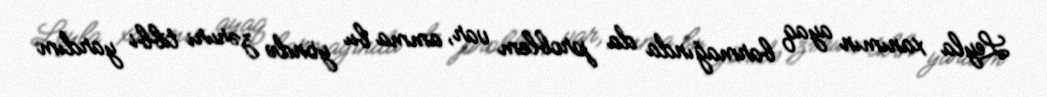
Leyla xanımın ayaq barmağında da problem var, amma bu yöndə zəruri tibbi yardım